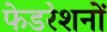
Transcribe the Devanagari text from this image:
फेडरेशनों